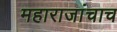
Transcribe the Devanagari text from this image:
महाराजांचाच